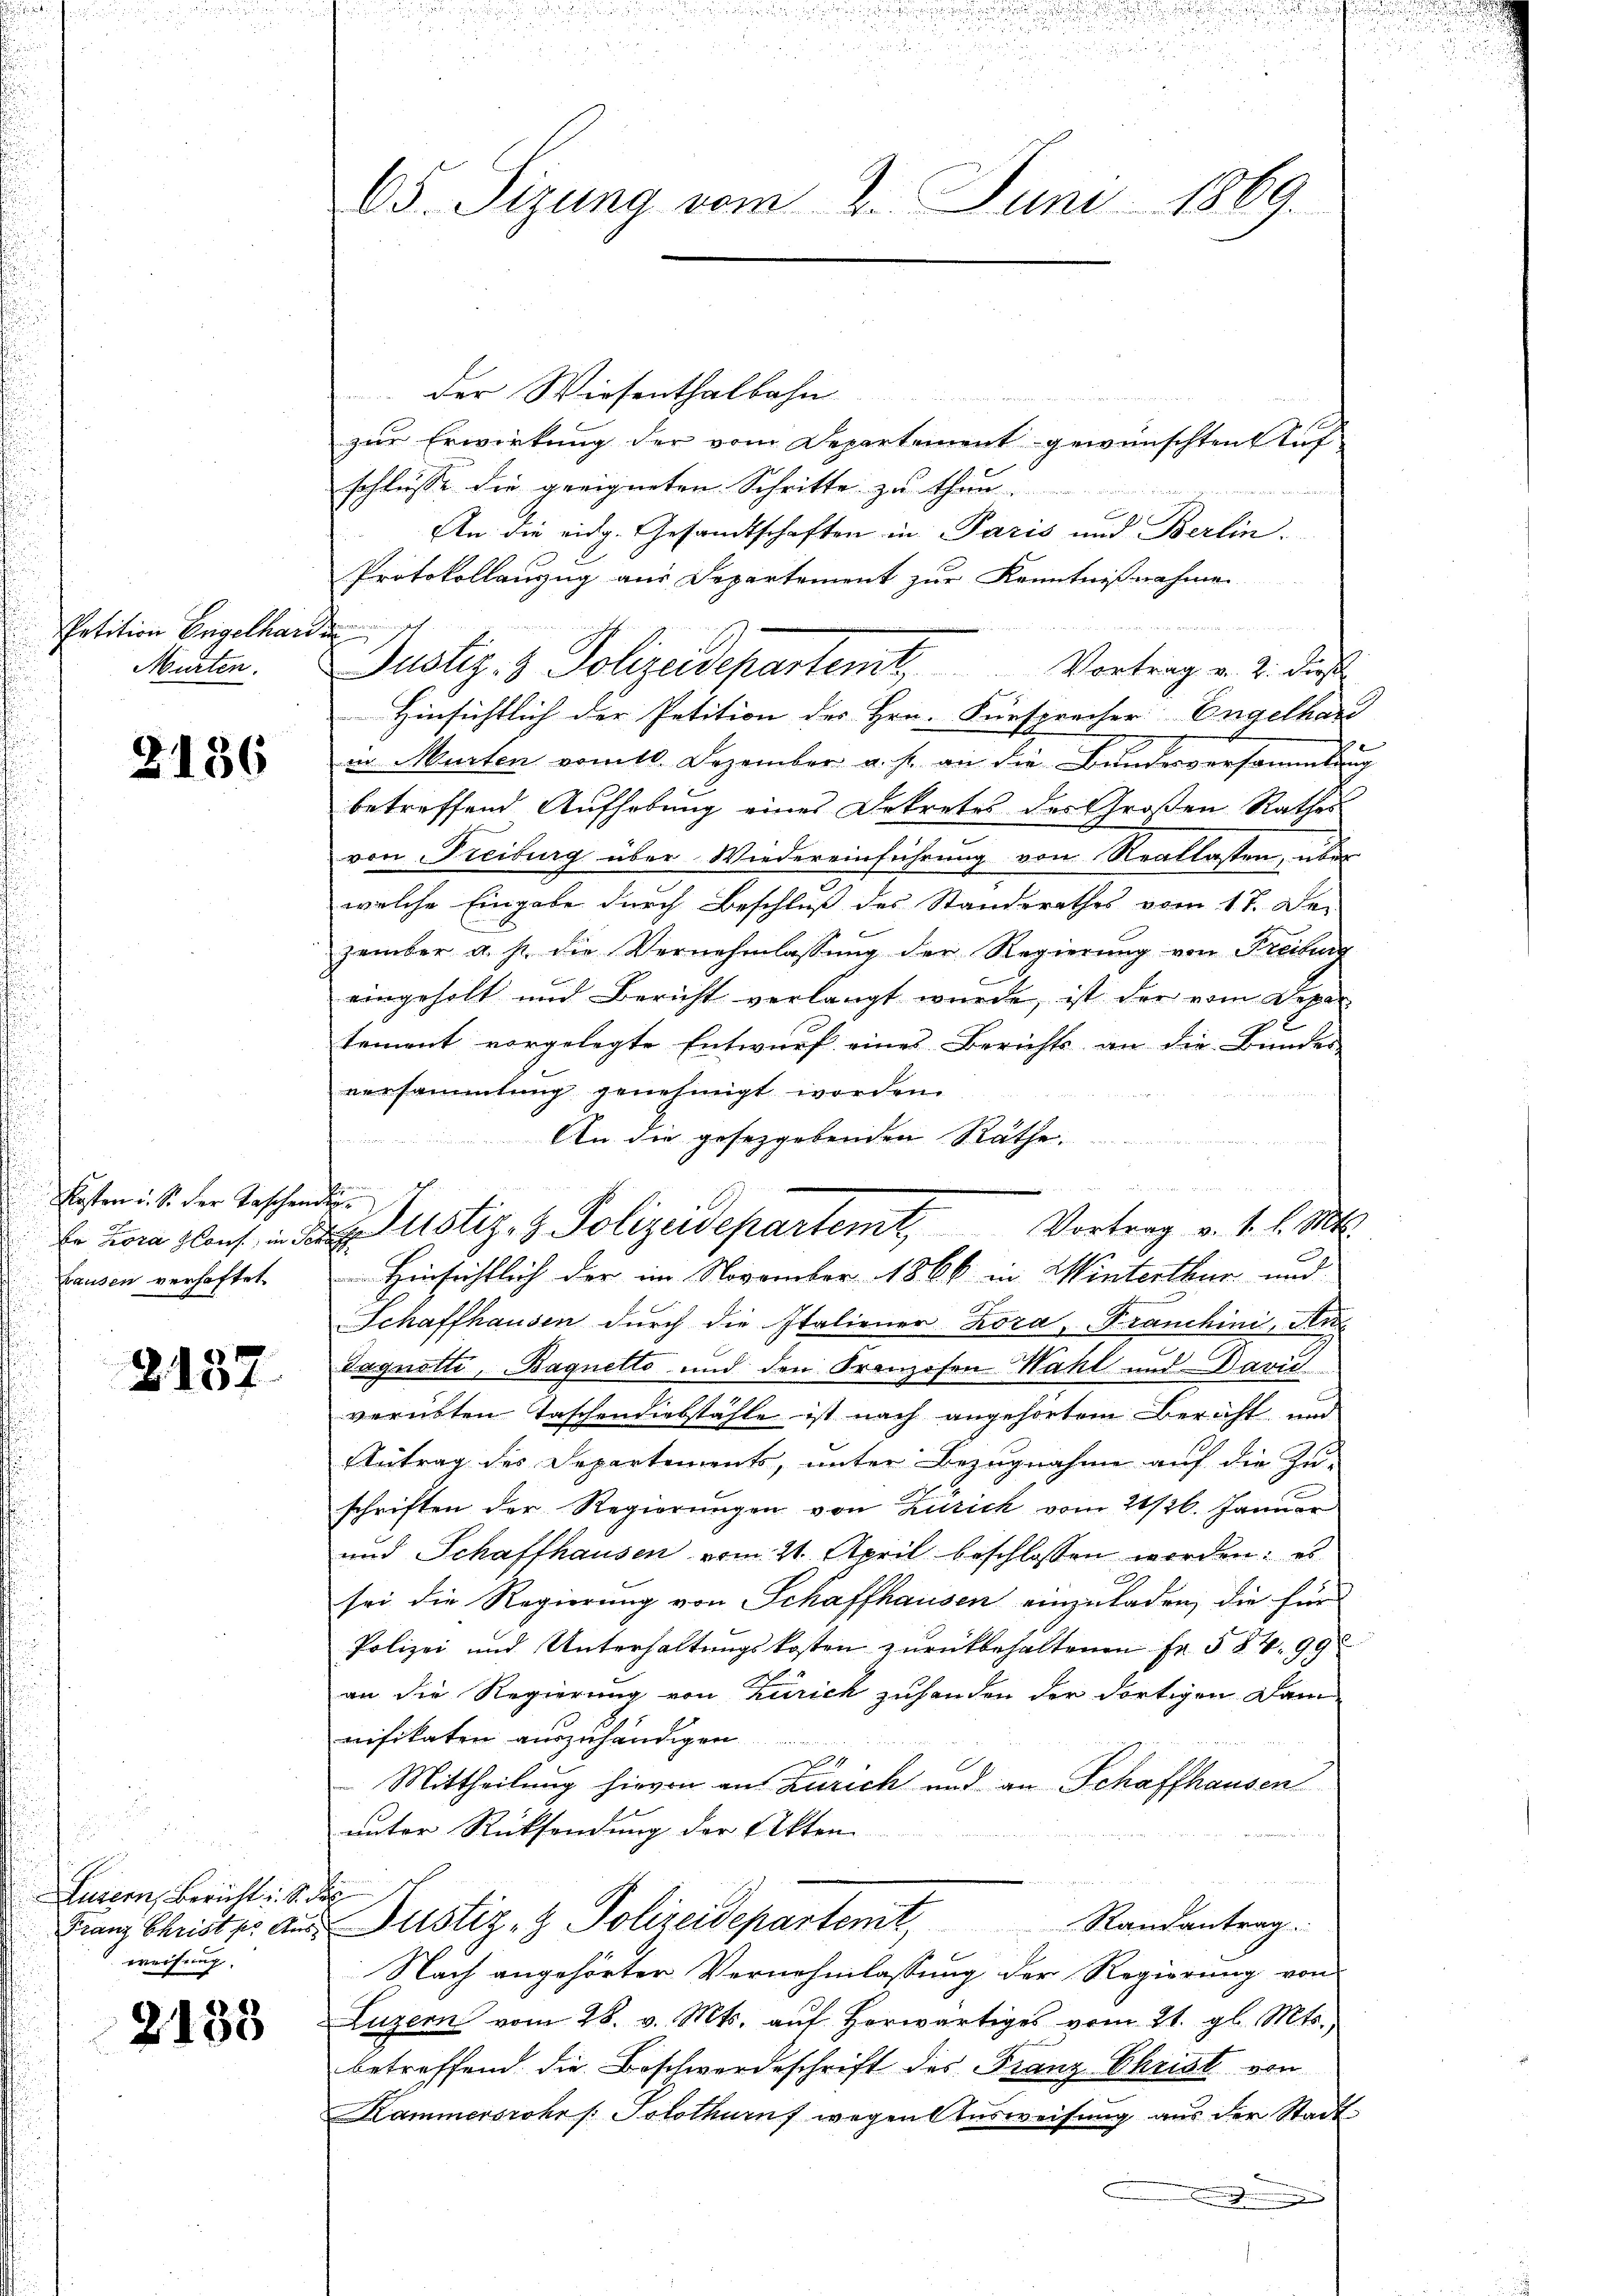
Petition Engelhardin
Murten.

2136

Kasten u. S. der Taschender
Hausen verhaftet.

2137

a
Luzern, Bericht u. S. des
weisung.

2138

65. Sizung vom 2. Juni 1869.

Der Wiesenthalbahn .........................
zur Erwirkung der vom Departement gewünschten Auf
schlusse die geeigneten Schritte zu th
t
An die eidg. Gesandtschaften in Paris und Berlin.
Protokollanzug aus Departement zur Kenntnißnahme

Justiz- & Polizeidepartemt. Vortrag v. 2. dies
Hinsichtlich der Petition des Hrn. Fürsprecher Engelhard
in Murten vom 10. Dezember a. s. an die Bundesversammlung
betreffend Aufhebung eines Dekretes des Großen Rathes
von Freiburg über Wiedereinführung von Reallasten, über
welche Eingabe durch Beschluß des Standerathes vom 17. De-
zember a. s. die Vernehmlassŭng der Regierŭng von Freiburg
eingeholt und Bericht verlangt wurde, ist der vom Depar
tement vorgelegte Entwurf eines Berichts an die Bundes
versammlung genehmigt worden.
An die geseggebenden Räthe.
era deren an u
Schaffhausen durch die Italiener Kora, Franchini, Krie
.
Tagnotte, Baquelle und den Franzosen Wahl und Davić
verübten Taschendiebstähle ist nach angehörtem Bericht und
Antrag des Departements, unter Bezugnahme auf die Zu-
schriften der Regierŭngen von Zürich vom 21/26. Januar
und Schaffhausen vom 21. April beschlossen werden: es
sei die Regierung von Schaffhausen einzuladen, die für
Polizei und Unterhaltŭngskosten zurückbehaltenen Fr. 584. 99
an die Regierung von Zürich zuhanden der dortigen Dam
nifikaten auszuhändigen
4
 Mittheilung hievon an Zürich und an Schaffhausen
unter Rücksendung der Akten
Franz Christer aus Justiz- & Polizeidepartemt, Randantrag
Nach angehörter Vernehmlassung der Regierung von
Luzern vom 28. v. Mts. auf Horwärtiges vom 21. gl. Mts.
betreffend die Beschwerdeschrift des Franz Christ von
Kammersrohr /: Solothurnf wegen Ausweisung aus der Stadt-
e

Er kam glauf der Justiz & Polizeidepartemt Vortrag v. 1. l. Mts.

Hinsichtlich der im November 1866 in Winterthur und

n